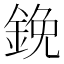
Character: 鋔